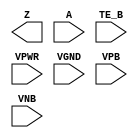
/**
 * Copyright 2020 The SkyWater PDK Authors
 *
 * Licensed under the Apache License, Version 2.0 (the "License");
 * you may not use this file except in compliance with the License.
 * You may obtain a copy of the License at
 *
 *     https://www.apache.org/licenses/LICENSE-2.0
 *
 * Unless required by applicable law or agreed to in writing, software
 * distributed under the License is distributed on an "AS IS" BASIS,
 * WITHOUT WARRANTIES OR CONDITIONS OF ANY KIND, either express or implied.
 * See the License for the specific language governing permissions and
 * limitations under the License.
 *
 * SPDX-License-Identifier: Apache-2.0
 */

`ifndef SKY130_FD_SC_LP__BUSDRIVER_PP_BLACKBOX_V
`define SKY130_FD_SC_LP__BUSDRIVER_PP_BLACKBOX_V

/**
 * busdriver: Bus driver (pmoshvt devices).
 *
 * Verilog stub definition (black box with power pins).
 *
 * WARNING: This file is autogenerated, do not modify directly!
 */

`timescale 1ns / 1ps
`default_nettype none

(* blackbox *)
module sky130_fd_sc_lp__busdriver (
    Z   ,
    A   ,
    TE_B,
    VPWR,
    VGND,
    VPB ,
    VNB
);

    output Z   ;
    input  A   ;
    input  TE_B;
    input  VPWR;
    input  VGND;
    input  VPB ;
    input  VNB ;
endmodule

`default_nettype wire
`endif  // SKY130_FD_SC_LP__BUSDRIVER_PP_BLACKBOX_V